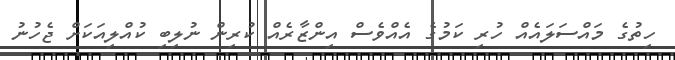
ހިތުގެ މައްސަލައެއް ހުރި ކަމުގެ އެއްވެސް އިންޒާރެއް ކުރިން ނުލިބި ކުއްލިއަކަށް ޖެހުނު